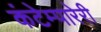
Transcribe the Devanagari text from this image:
कंटेम्पारेरी